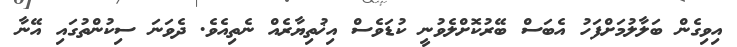
އިވިގެން ބަލާލުމަށްފަހު އެބަސް ބޭރުކޮށްލެވުނީ ކުޑަވެސް އިޚުތިޔާރެއް ނެތިއެވެ. ދެވަނަ ސިކުންތުގައި އޭނާ